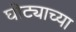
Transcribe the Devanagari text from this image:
घोट्याच्या